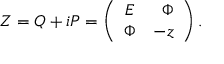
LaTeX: Z = Q + i P = \left( \begin{array} { c r c } { { E } } & { { \Phi } } \\ { { \Phi } } & { { - z } } \end{array} \right) .